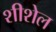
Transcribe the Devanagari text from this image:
शीशेल